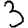
Digit: 3